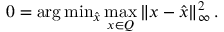
0 = \operatorname { \arg \operatorname* { m i n } } _ { \hat { x } } \operatorname* { m a x } _ { x \in Q } \left\| x - { \hat { x } } \right\| _ { \infty } ^ { 2 } .